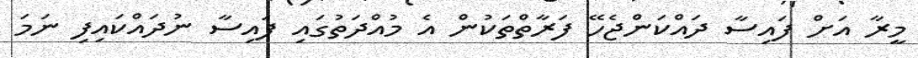
މީރާ އަށް ފައިސާ ދައްކަންޖެހޭ ފަރާތްތަކުން އެ މުއްދަތުގައި ފައިސާ ނުދައްކައިފި ނަމަ